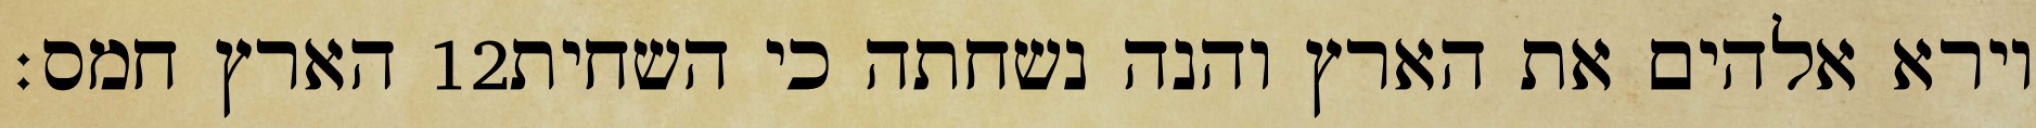
הארץ חמס׃ ‎12‏ וירא אלהים את הארץ והנה נשחתה כי השחית